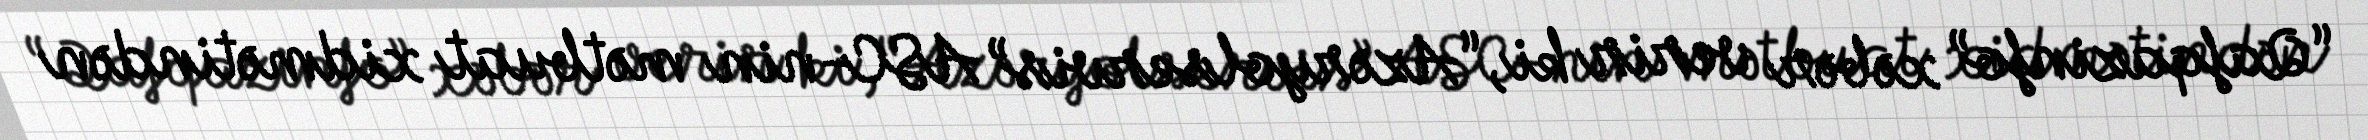
“Qafqazinfo” xəbər verir ki, “Azəryolservis” ASC-nin mətbuat xidmətindən